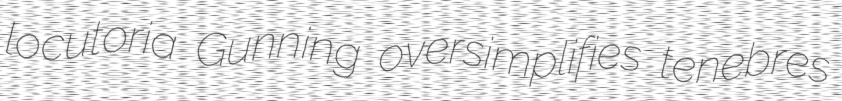
locutoria Gunning oversimplifies tenebres